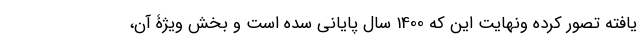
یافته تصور کرده ونهایت این که 1400 سال پایانی سده است و بخش ویژۀ آن،